Indian journal of veterinary science and animal husbandry - Volume 1,
Year: 1931
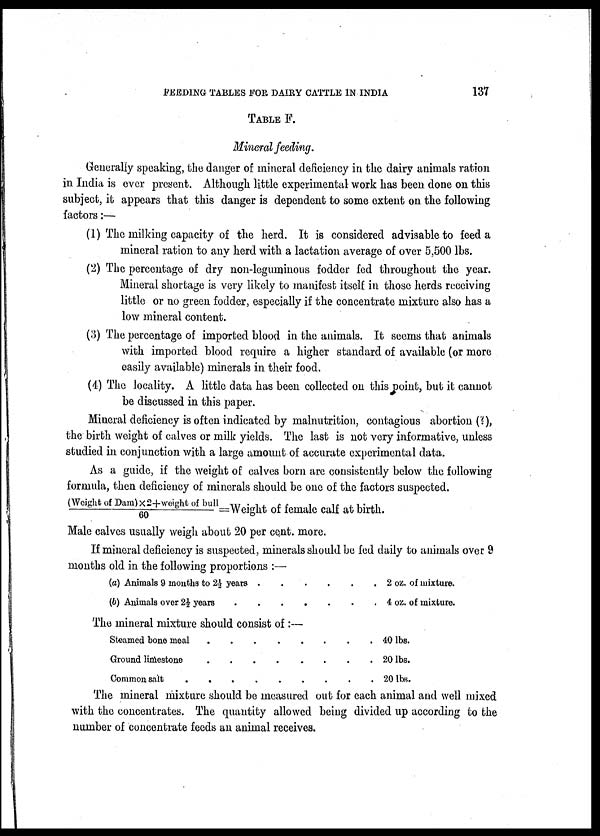
FEEDING TABLES FOR DAIRY CATTLE IN INDIA
137
TABLE F.
Mineral feeding.
Generally speaking, the danger of mineral deficiency in the dairy animals ration
in India is ever present. Although little experimental work has been done on this
subject, it appears that this danger is dependent to some extent on the following
factors:—
(1) The milking capacity of the herd. It is considered advisable to feed a
mineral ration to any herd with a lactation average of over 5,500 lbs.
(2) The percentage of dry non-leguminous fodder fed throughout the year.
Mineral shortage is very likely to manifest itself in those herds receiving
little or no green fodder, especially if the concentrate mixture also has a
low mineral content.
(3) The percentage of imported blood in the animals. It seems that animals
with imported blood require a higher standard of available (or more
easily available) minerals in their food.
(4) The locality. A little data has been collected on this point, but it cannot
be discussed in this paper.
Mineral deficiency is often indicated by malnutrition, contagious abortion (?),
the birth weight of calves or milk yields. The last is not very informative, unless
studied in conjunction with a large amount of accurate experimental data.
As a guide, if the weight of calves born are consistently below the following
formula, then deficiency of minerals should be one of the factors suspected.
(Weight of Dam)×2+weight of bull/60=Weight of female calf at birth.
Male calves usually weigh about 20 per cent. more.
If mineral deficiency is suspected, minerals should be fed daily to animals over 9
months old in the following proportions :—
(a) Animals 9 months to 2½ years
....
(6) Animals over 2½ years
The mineral mixture should consist of:—
Steamed bone meal
Ground limestone
Common salt
.
. 2 oz. of mixture.
4 oz. of mixture.
40 lbs.
20 lbs.
20 lbs.
The mineral mixture should be measured out for each animal and well mixed
with the concentrates. The quantity allowed being divided up according to the
number of concentrate feeds an animal receives.